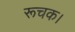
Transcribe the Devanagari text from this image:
रूचक।